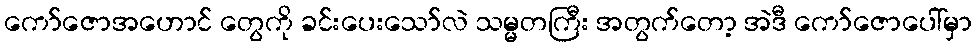
ကော်ဇောအဟောင် တွေကို ခင်းပေးသော်လဲ သမ္မတကြီး အတွက်တော့ အဲဒီ ကော်ဇောပေါ်မှာ